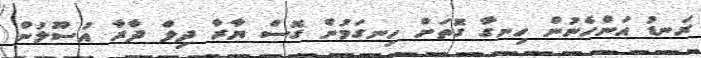
ރަނޑު އަންހެނުން ހިނގާ ގޮތަށް ހިނގަމުން ގޮސް ޔާރާ ދިލް ދާރާ އުސޫލުން